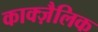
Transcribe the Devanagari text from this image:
काक्ज़ैलिक